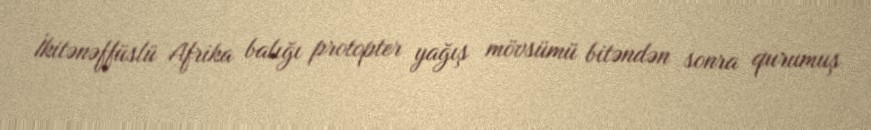
İkitənəffüslü Afrika balığı protopter yağış mövsümü bitəndən sonra qurumuş